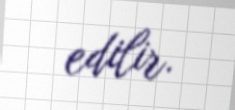
edilir.